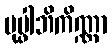
ပုပ္ဖါဘိကိဏ္ဏာ